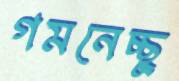
গমনেচ্ছু